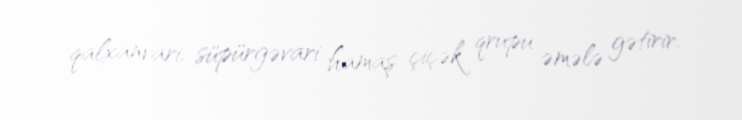
qalxanvari, süpürgəvari hamaş çiçək qrupu əmələ gətirir.